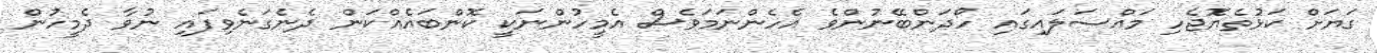
ގަޔަށް ކަޅުތެޔޮޖެހި މައްސަލައިގައި ހޯދަންބޭނުންވެ އެހެންނަމަވެސް އެމީހުންނަކީ ކޮންބައެއްކަން ދެނެގަނެވިފައި ނުވާ ދެމީހުން